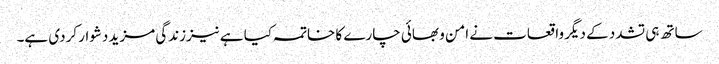
ساتھ ہی تشدد کے دیگر واقعات نے امن و بھائی چارے کا خاتمہ کیا ہے نیززندگی مزید دشوار کردی ہے۔